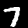
Digit: 7